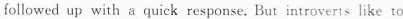
followed up with a quick response. But introverts like to